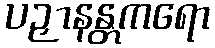
ပဉှာနန္တကရော